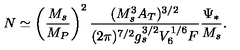
N \simeq \left( \frac { M _ { s } } { M _ { P } } \right) ^ { 2 } \frac { ( M _ { s } ^ { 3 } A _ { T } ) ^ { 3 / 2 } } { ( 2 \pi ) ^ { 7 / 2 } g _ { s } ^ { 3 / 2 } V _ { 6 } ^ { 1 / 6 } F } \frac { \Psi _ { * } } { M _ { s } } .